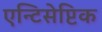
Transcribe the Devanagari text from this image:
एन्टिसेप्टिक